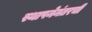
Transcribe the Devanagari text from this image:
स्थापनेनंतरची